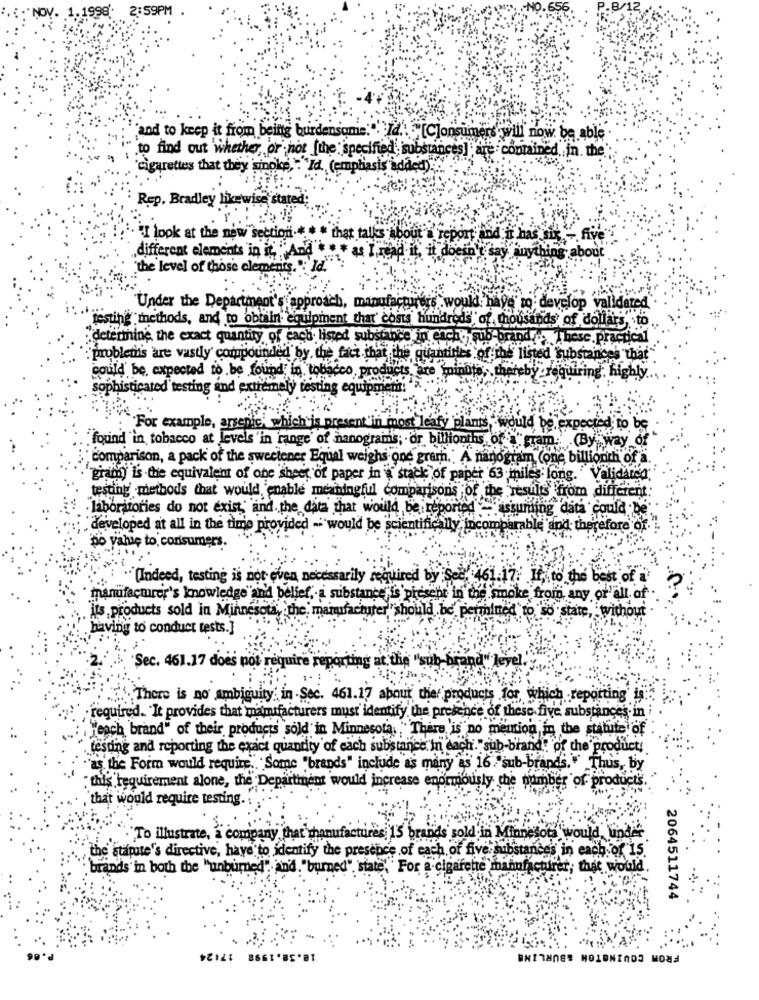
9PM
"and to keep it from being burdensome." Id .: [C]onsumers will now be able
to find out whether or not [the specified substances] ; are contained in the
'cigarettes that they sinoke, : "Id (emphasis added) ...
Rep. Bradley likewise stated
HI look at the new section .*
that talks about
And . it has six - five
different elements in it, "And * * * as I read it, it doesn't say anything about
"the level of those clements. " Id"
"Under the Department's approach, manufacturers would: have to develop validated
testing methods, and to obtain equipment that' costs hundreds of thousands of dollars, to
determine the exact quantity of each listed substance in each sub-brand
These. practical
problems are vastly compounded by the fact that the quantities of the listed substances that
could be expected to be found in tobacco, products, are minute, thereby requiring, highly
sophisticated testing and extremely testing equipment!
For example, arsenic, which is present'in most leafy plants, would be expected to be
found in tobacco at levels 'in range of nanograins; or bilionths of " gram. (By way of
comparison, a pack of the sweetener Equal weighs one gram." A nanogram (one billionth of a
gramy is -the equivalent of one sheet of paper in a stack of paper 63 miles long.'
Validarea
testing methods that would, 'enable meaningful comparisons of the results from different:
· laboratories do not exist, and. the data that would be reported -assuming data could be
developed at all in the time provided - would be scientifically, incomparable and therefore of.
po value to consumers.
"(Indeed, testing is not even necessarily required by See. 461.17. If, to the best of
manufacturer's knowledge"and belief ,. i substance is present in the smoke from any or all of
esota, the manufacturer "should be permitted to so state, without
its products sold in Minnesota, th
having to conduct tests.]
"Sec. 461.17 does not require reporting at the "s
There is no ambiguity in Sec. 461.17 about the products for which reporting
required. It provides that mamifacturers must identify the presence of these five substances. in
"each brand" of their products sold in Minnesota, There is no mention in the statute of
testing and reporting the exact quantity of each substance in dach."sub-brand: of the product!
"as the Form would require .. "Some "brands" include as many as 16."sub-brands. " Thus, by
" this requirement alone, the Departinent would increase enormously che number of products.
that would require testing.
"To illustrate, a company that manufactures 15 brands sold in Minnesota would, Und
the stapte's directive, have to identify the presence of each of five, substa
chubstances in each of is.
brands in both the "unburned" and. "burned", state, For a cigarette manufacturer; that would
2064511744